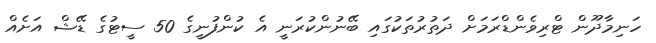
ހަނިމާދޫން ޓްރިވެންޑްރަމަށް ދަތުރުތަކުގައި ބޭނުންކުރަނީ އެ ކުންފުނީގެ 50 ސީޓުގެ ޑޭޝް އަށެއް